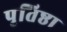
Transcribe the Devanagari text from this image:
पृतिष्ठा